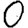
Digit: 0